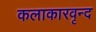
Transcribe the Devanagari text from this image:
कलाकारवृन्द